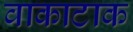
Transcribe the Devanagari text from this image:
वाकाटाक